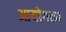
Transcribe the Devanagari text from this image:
आयोगका